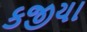
કજીયા